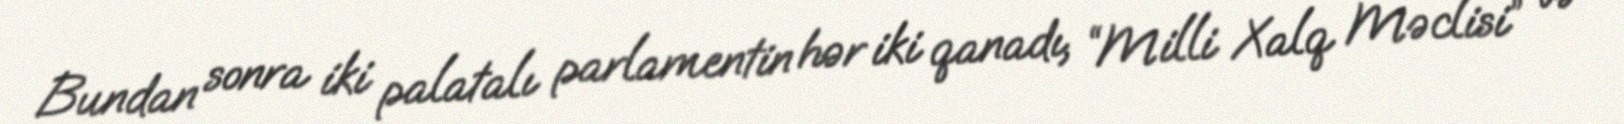
Bundan sonra iki palatalı parlamentin hər iki qanadı, “Milli Xalq Məclisi” və